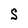
Character: S